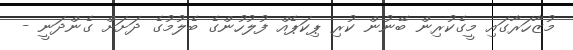
މުޒާހަރާގައި މީގެކުރިން ބޭނުން ކުރި ޕިކަޕެއް ފުލުހުންގެ ބެލުމުގެ ދަށަށް ގެންދަނީ -